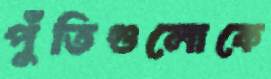
পুঁতিগুলোকে